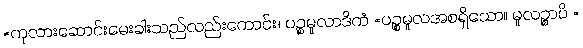
=ကုလားဆောင်းမေးခါးသည်လည်းကောင်း။ ပဉ္စမူလာဒိကံ =ပဉ္စမူလအစရှိသော။ မူလဉ္စာပိ =